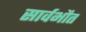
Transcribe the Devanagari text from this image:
सार्वभौत